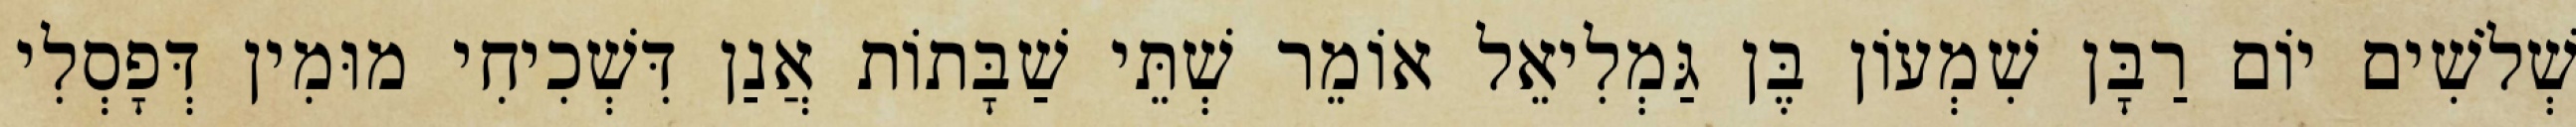
שְׁלֹשִׁים יוֹם רַבָּן שִׁמְעוֹן בֶּן גַּמְלִיאֵל אוֹמֵר שְׁתֵּי שַׁבָּתוֹת אֲנַן דִּשְׁכִיחִי מוּמִין דְּפָסְלִי